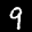
Label: 9